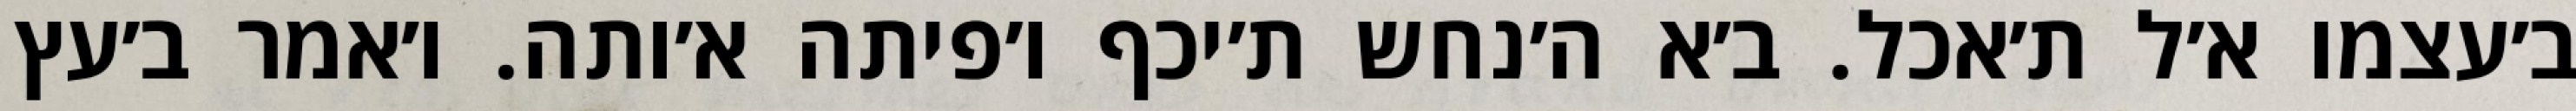
ב׳עצמו א׳ל ת׳אכל. ב׳א ה׳נחש ת׳יכף ו׳פיתה א׳ותה. ו׳אמר ב׳עץ